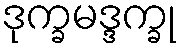
ဒုက္ခမဒ္ဒက္ခု